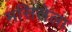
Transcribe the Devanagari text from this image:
मसिलेला